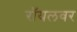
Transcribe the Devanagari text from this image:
रॉयलवर